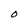
Character: O